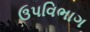
ઉપવિભાગ